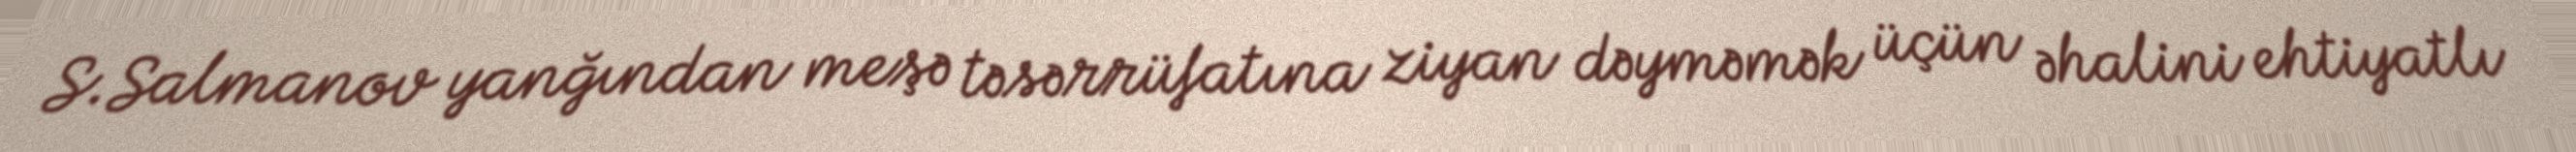
S.Salmanov yanğından meşə təsərrüfatına ziyan dəyməmək üçün əhalini ehtiyatlı